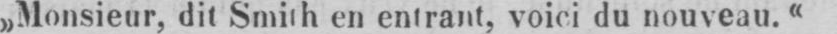
„Monsieur, dit Smith en entrant, voici du nouveau.“